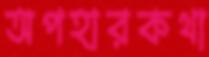
অপহারকথা